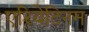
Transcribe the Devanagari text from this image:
एरियेटिनम